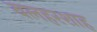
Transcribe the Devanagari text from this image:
बलहरशाह